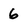
Character: 6